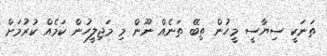
ތަނަކީ ސިޔާސީ މީހުން ތިބޭ ތަނެއް ނޫން މި މަޖިލީހުން ކަމެއް ކުރުމަށް